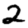
Digit: 2